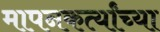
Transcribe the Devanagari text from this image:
मापनकर्त्यांच्या